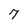
Character: 7